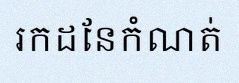
រកដែនកំណត់